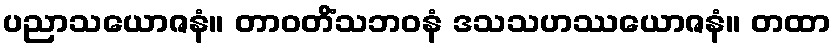
ပညာသယောဇနံ။ တာဝတိံသဘဝနံ ဒသသဟဿယောဇနံ။ တထာ